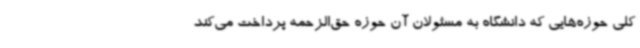
کلی حوزه‌هایی که دانشگاه به مسئولان آن حوزه حق‌الزحمه پرداخت می‌کند